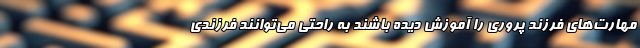
مهارت‌های فرزند پروری را آموزش دیده باشند به راحتی می‌توانند فرزندی